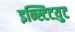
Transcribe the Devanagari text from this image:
इन्स्टिटय़ुट